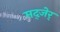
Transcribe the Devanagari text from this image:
मद्जेर्